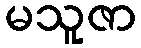
မသူဇာ